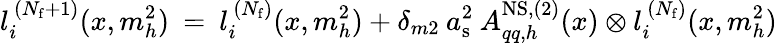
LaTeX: l_{i}^{\, (N_{\mathrm{f}}+1)}(x,m_{h}^{2})\: =\: l_{i}^{\, (N_{\mathrm{f}})}(x,m_{h}^{2})+\delta_{m2}\: a_{\mathrm{s}}^{2}\: A_{qq,h}^{\mathrm{NS,(2)}}(x)\otimes l_{i}^{\, (N_{\mathrm{f}})}(x,m_{h}^{2})